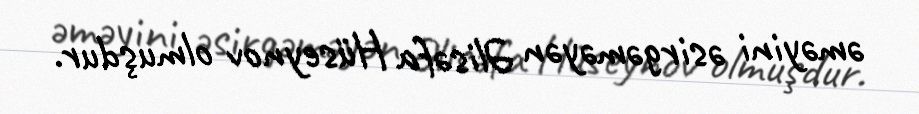
əməyini əsirgəməyən Əlisəfa Hüseynov olmuşdur.